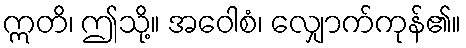
ဣတိ၊ ဤသို့။ အဝေါစံ၊ လျှောက်ကုန်၏။